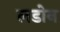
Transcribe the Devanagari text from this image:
लडोन